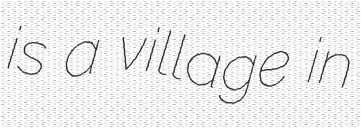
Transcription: is a village in